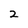
Character: 2